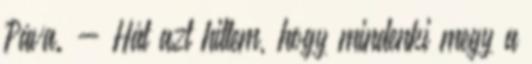
Páva. - Hát azt hittem, hogy mindenki megy a